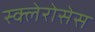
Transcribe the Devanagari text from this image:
स्क्लेरोसेस